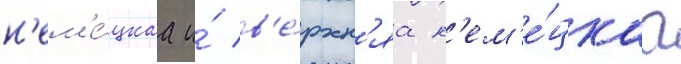
н'ем'е́цкаа и́ в'е́рхн'яа н'ем'е́цкаа